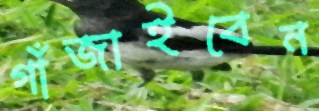
গাঁজাইবেন